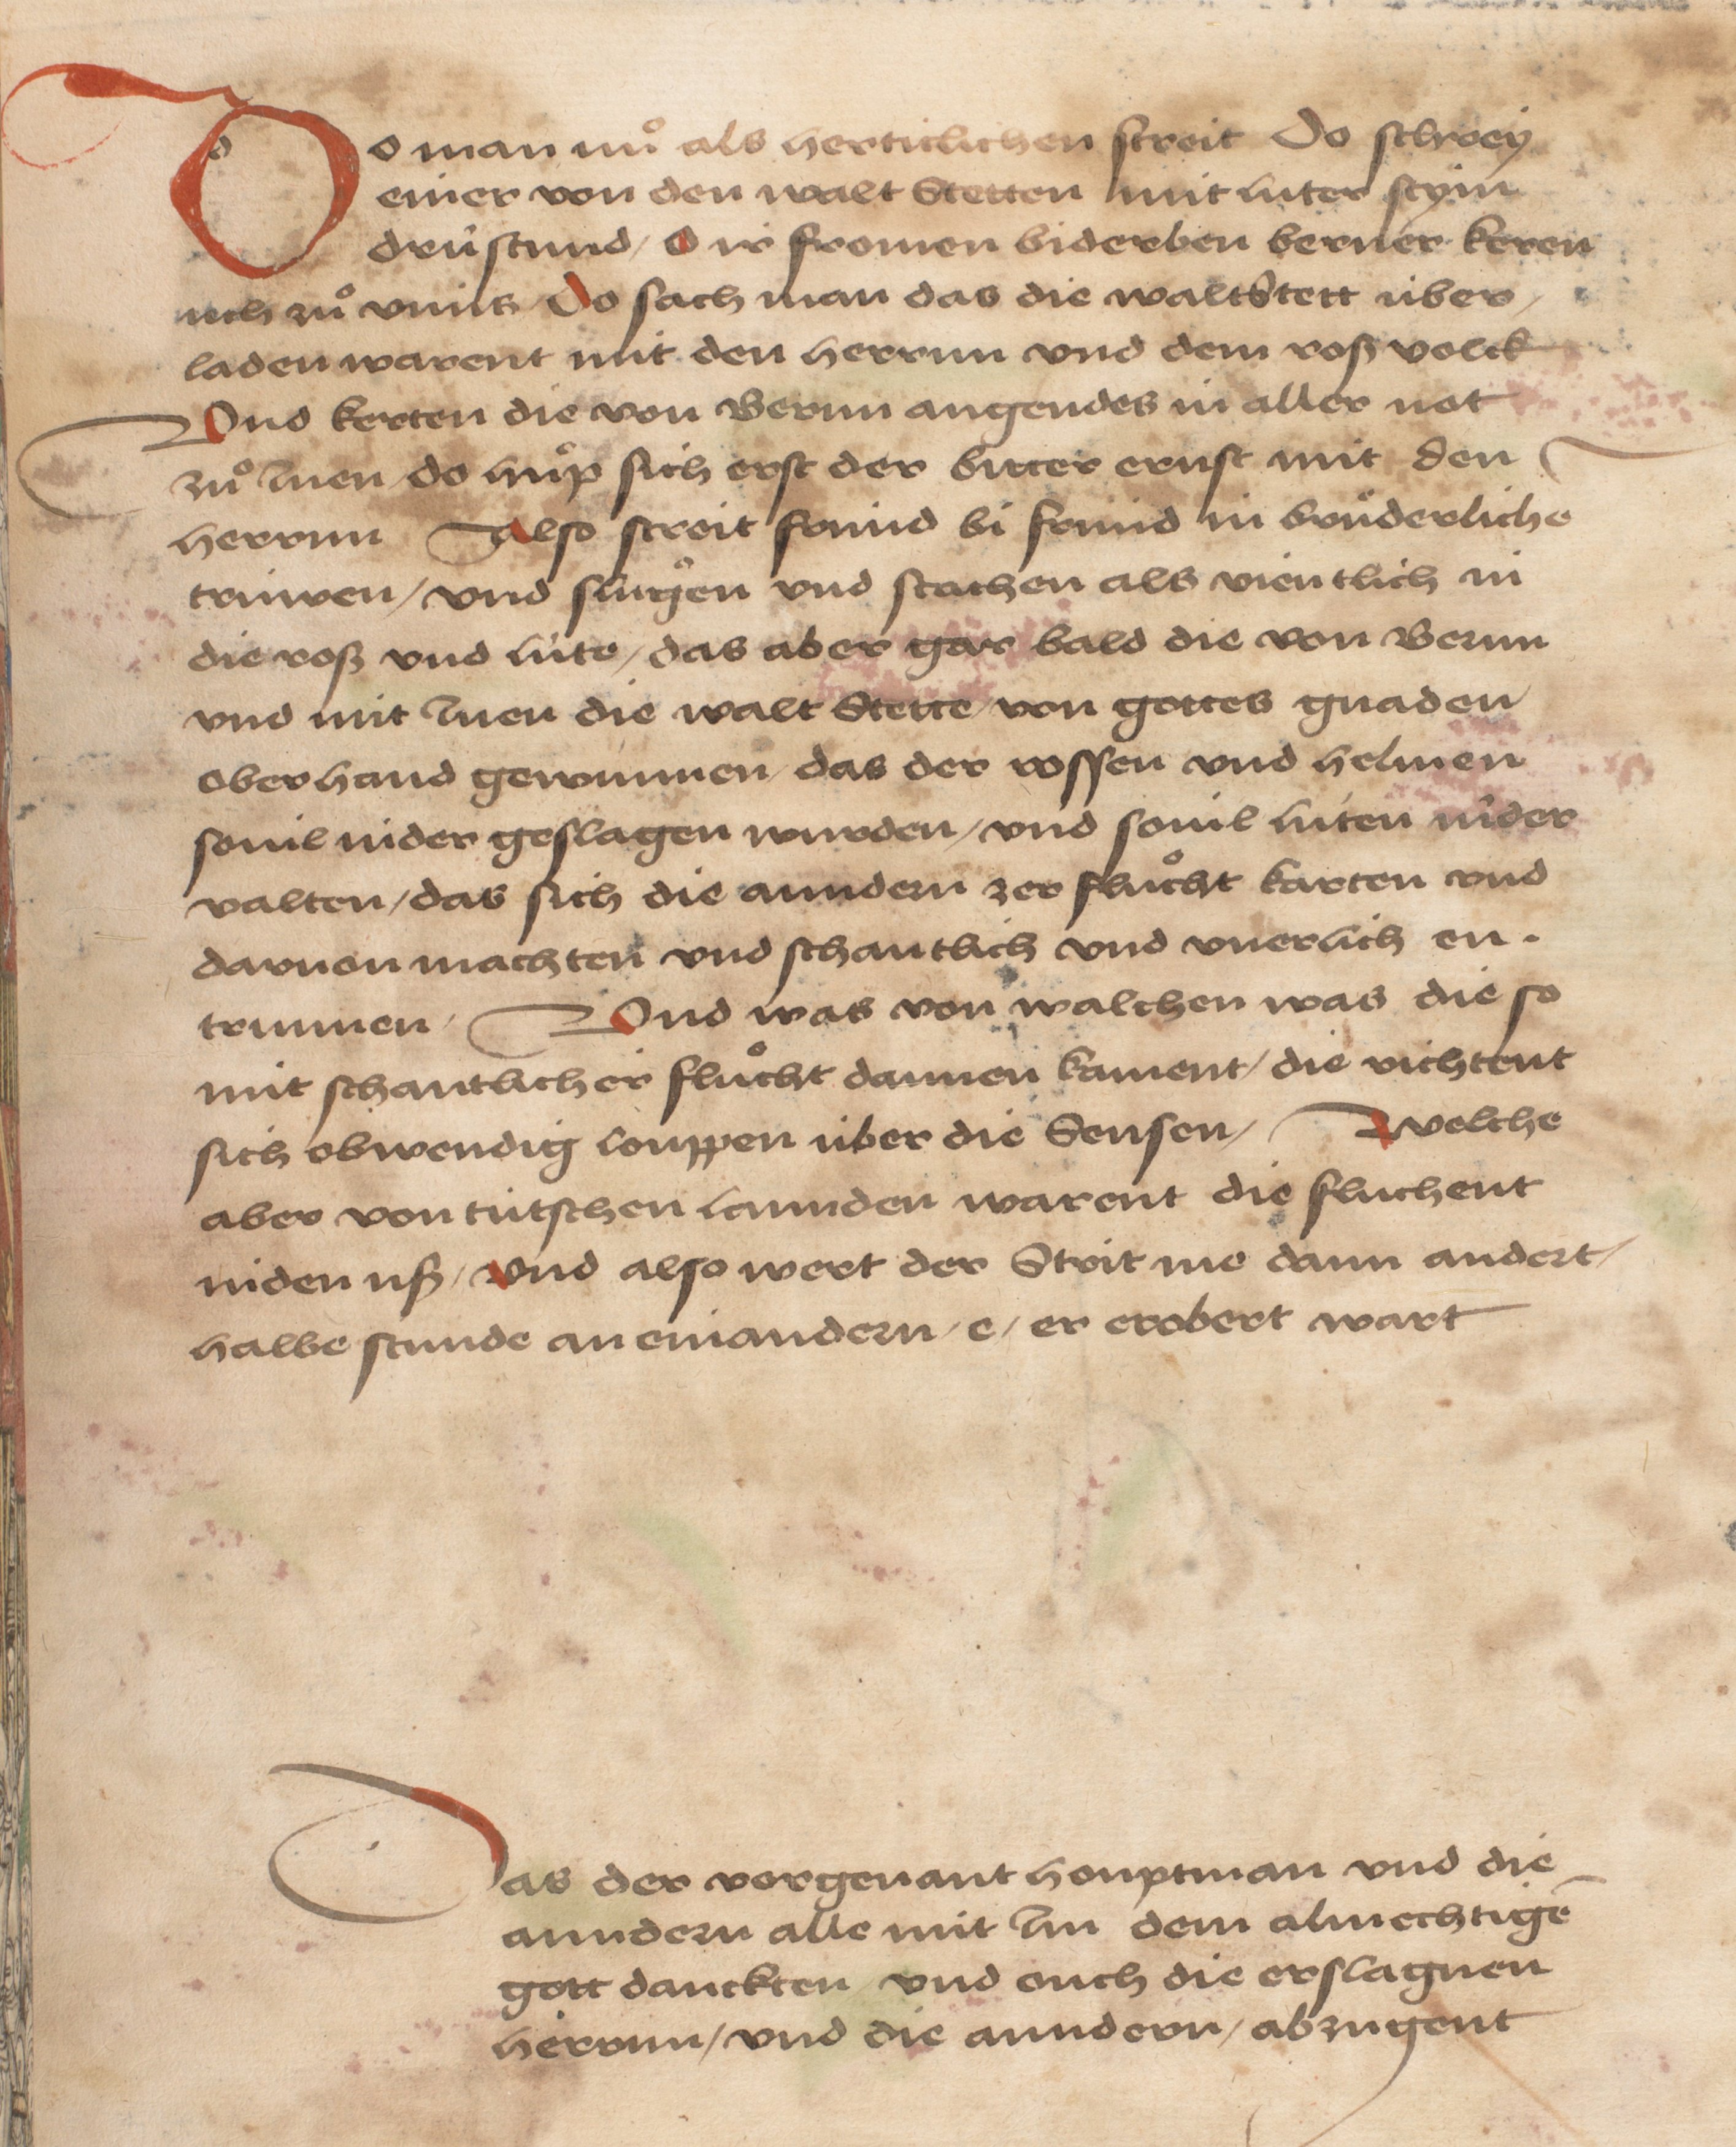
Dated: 1484–1485